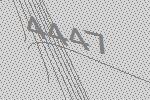
4447